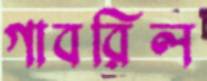
গাবরিল